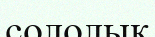
сололық